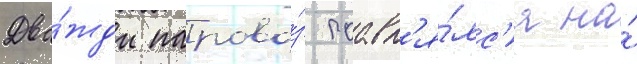
Два́жды парово́з поавл'я́лс'я на́